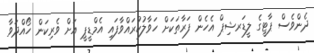
ދެންވެސް ޕާޓީގެ ލީޑަރޝިޕް އެހެން ފަރާތަކަށް ހަވާލުކުރައްވާފައި އެމްޑީޕީ އަށް ވެރިކަން ހޯއްދަވާ